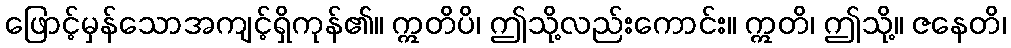
ဖြောင့်မှန်သောအကျင့်ရှိကုန်၏။ ဣတိပိ၊ ဤသို့လည်းကောင်း။ ဣတိ၊ ဤသို့။ ဇနေတိ၊